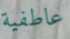
عاطفية